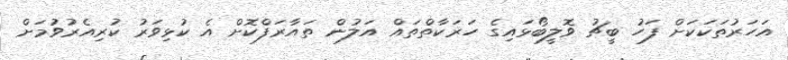
އަހަރުތަކަކަށް ފަހު ބީޗު ވޮލީބޯޅައިގެ ހަރަކާތްތައް އަލުން ތައާރަފްކޮށް އެ ކުޅިވަރު ކުރިއެރުވުމަށް